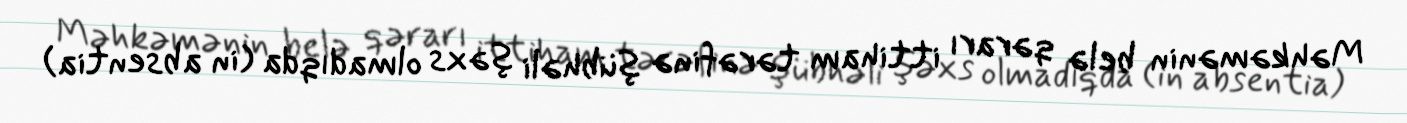
Məhkəmənin belə qərarı ittiham tərəfinə şübhəli şəxs olmadıqda (in absentia)